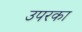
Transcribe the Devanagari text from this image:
उपरका